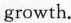
growth.